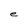
Character: e